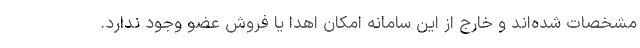
مشخصات شده‌اند و خارج از این سامانه امکان اهدا یا فروش عضو وجود ندارد.